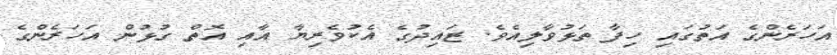
އަހަރެންގެ އަތުގައި ހިފާ ތަޅުވާލިއެވެ. ޒައިދުގެ އެކުވެރިޔާ އާއި އޮތް ގުޅުން އަހަރެންގެ